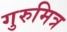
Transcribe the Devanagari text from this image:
गुरुमित्र